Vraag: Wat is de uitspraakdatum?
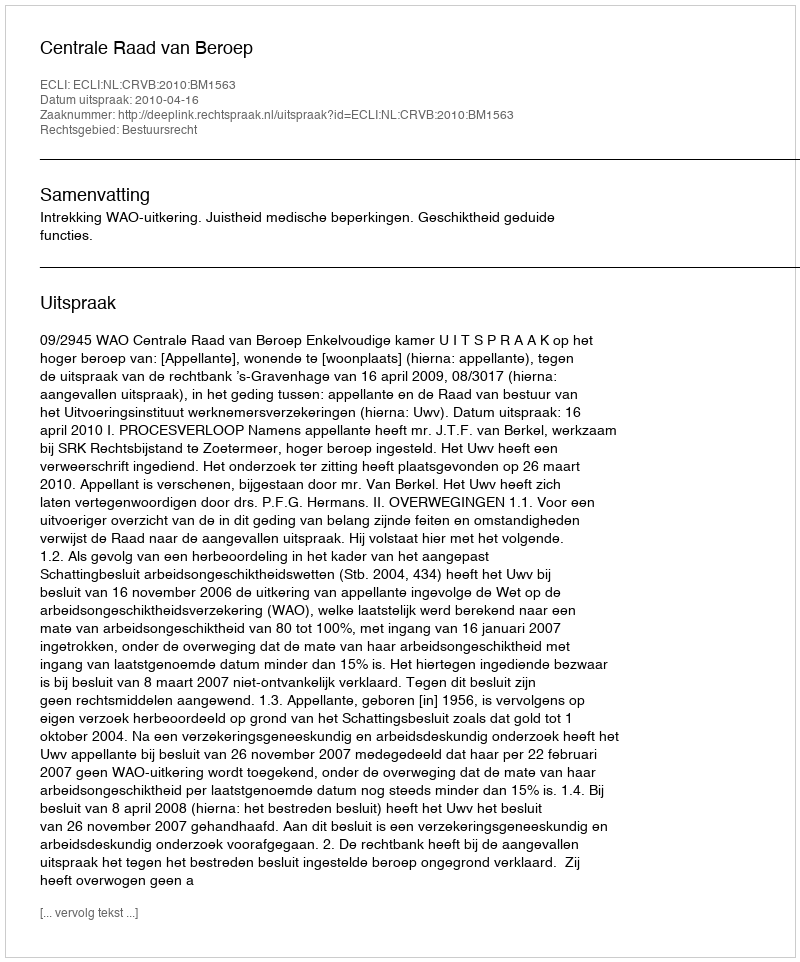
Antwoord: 2010-04-16